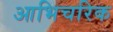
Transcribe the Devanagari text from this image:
आभिचरिक